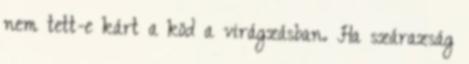
nem tett-e kárt a köd a virágzásban. Ha szárazság